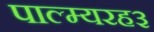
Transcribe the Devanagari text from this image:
पाल्म्यरह३